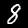
Label: 8